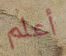
أعلم